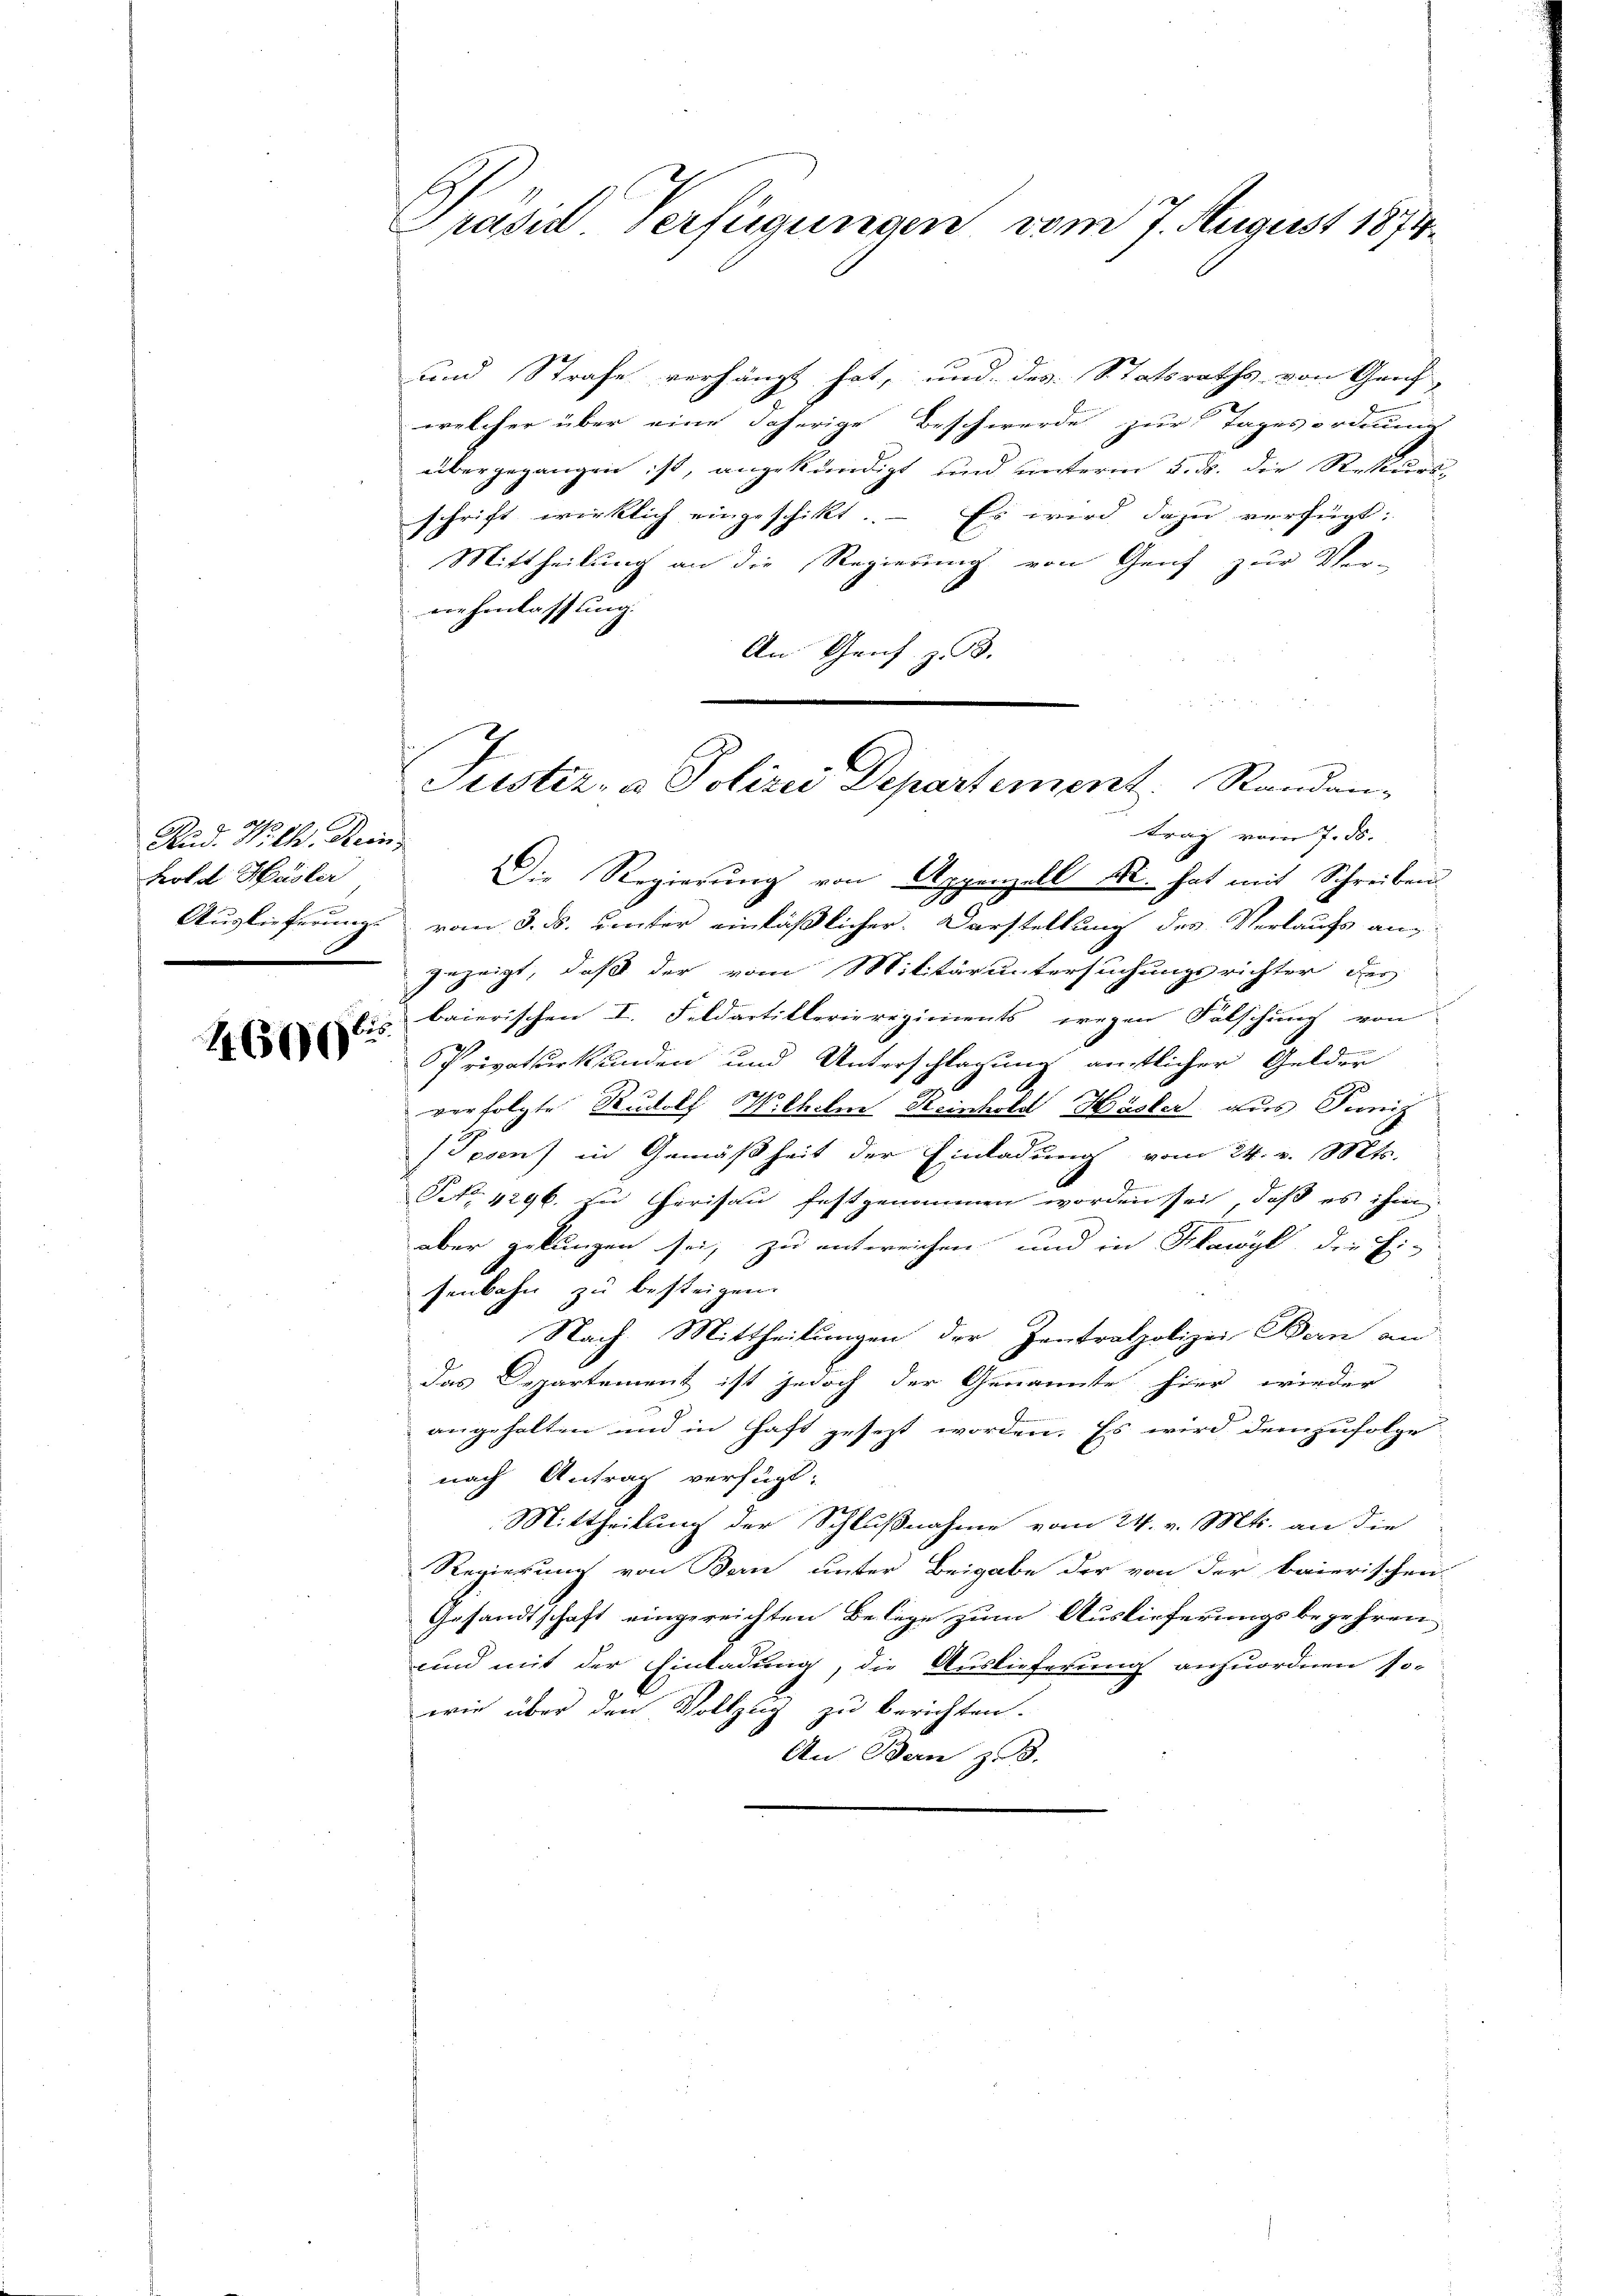
Rud. Wilh. Rein¬
Frot d. Hasler
Auglieferung

4600

Prasil Verfügungen vom 7. August 1874

und Strafe verhängt hat, und des Statsraths von Graf
welcher über eine daherige Beschwerde zur Tagesordnung
übergegangen ist, angekündigt und unterm 5. ds. die Rekurs-
schrift wirklich eingeschikt. – Es wird dazu verfügt:
Mittheilung an die Regierung von Genf zur Ver-
nehmlassung.
An Genf z. B.

Justiz- & Polizei Departement. Randan¬

trag vom 7. ds.
Die Regierung von Appenzell Sr. hat mit Schreiben
vom 3. ds. unter einläßlicher Darstellung des Verlaufs angezeigt, daß der vom Militäruntersuchungsrichter der
baierischen I. Feldartillerieregiments wegen Fälschung von
Privaturkunden und Unterschlagung amtlicher Gelder
verfolgte Rudolf Wilhelm Reinhold Hasler aus Junis
Tosen) in Gemäßheit der Einladung vom 24. v. Mts.
NNo. 4296. in Herisau festgenommen worden sei, daß es ihm
aber gekungen sei, zu entweichen und in Schawyl die Fi-
senbahn zu besteigen.
Nach Mittheilungen der Zentralpolizei Bern an
Das Departement ist jedoch der Genannte hier wieder
angehalten und in Haft gesezt worden. Es wird demzufolge
nach Antrag verfügt:
Mittheilung der Schlußnahme vom 24. v. Mts. an die
Regierung von Bau unter Beigabe der von der baierischen
Gesandtschaft eingereichten Belege zum Auslieferungsbegehren,
und mit der Einladung, die Auslieferung anzuordnen so-
wie über den Vollzug zu berichten.
An Bern z. B.